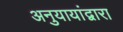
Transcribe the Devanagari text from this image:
अनुयायांद्वारा